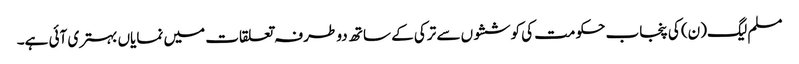
مسلم لیگ(ن) کی پنجاب حکومت کی کوششوں سے ترکی کے ساتھ دو طرفہ تعلقات میں نمایاں بہتری آئی ہے۔